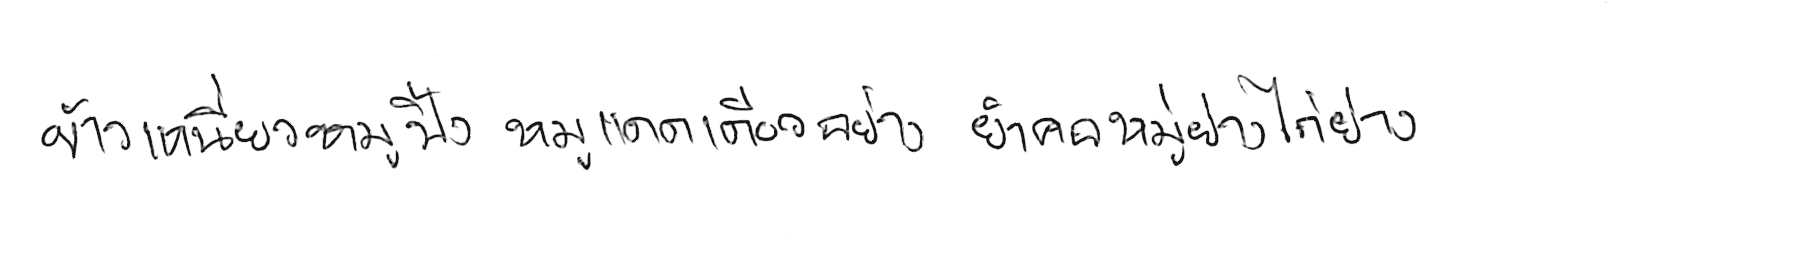
ข้าวเหนียวหมูปิ้ง หมูแดดเดียวย่าง ยำคอหมูย่าง ไก่ย่าง